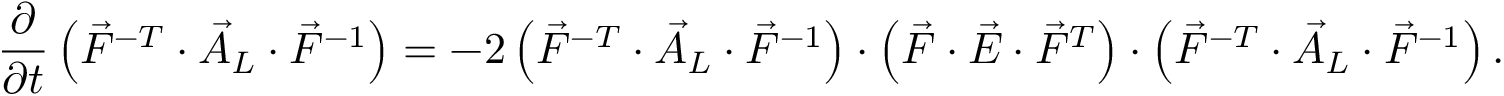
\frac { \partial } { \partial t } \left( \vec { F } ^ { - T } \cdot \vec { A } _ { L } \cdot \vec { F } ^ { - 1 } \right) = - 2 \left( \vec { F } ^ { - T } \cdot \vec { A } _ { L } \cdot \vec { F } ^ { - 1 } \right) \cdot \left( \vec { F } \cdot \vec { E } \cdot \vec { F } ^ { T } \right) \cdot \left( \vec { F } ^ { - T } \cdot \vec { A } _ { L } \cdot \vec { F } ^ { - 1 } \right) .